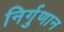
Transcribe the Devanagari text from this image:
निर्गुणान